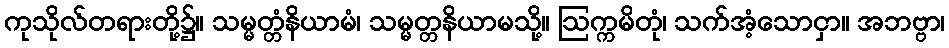
ကုသိုလ်တရားတို့၌။ သမ္မတ္တံနိယာမံ၊ သမ္မတ္တနိယာမသို့။ ဩက္ကမိတုံ၊ သက်အံ့သောငှာ။ အဘဗ္ဗာ၊